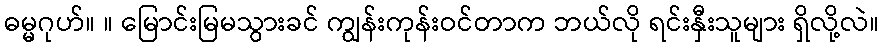
ဓမ္မဂုဟ်။ ။ မြောင်းမြမသွားခင် ကျွန်းကုန်းဝင်တာက ဘယ်လို ရင်းနှီးသူများ ရှိလို့လဲ။